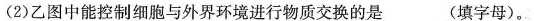
(2)乙图中能控制细胞与外界环境进行物质交换的是___(填字母)。